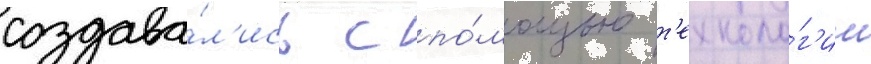
создава́л'ись с по́мощью т'ехноло́г'ии